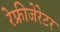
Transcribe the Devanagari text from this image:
रेफ्रीजेरेटर